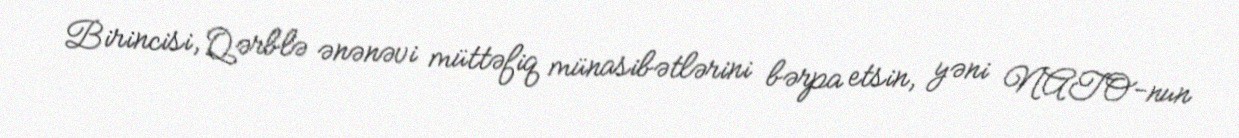
Birincisi, Qərblə ənənəvi müttəfiq münasibətlərini bərpa etsin, yəni NATO-nun